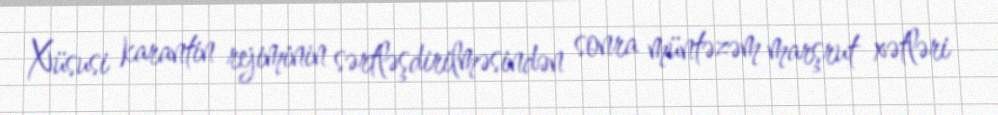
Xüsusi karantin rejiminin sərtləşdirilməsindən sonra müntəzəm marşrut xətləri